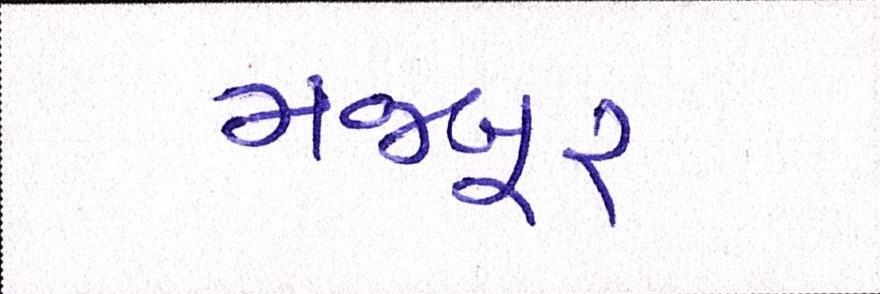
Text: મજબૂર